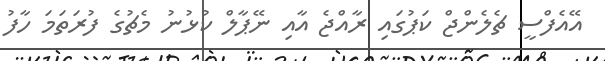
އޭއެފްސީ ޗެލެންޖް ކަޕުގައި ރާއްޖެ އާއި ނޭޕާލް ކުޅުނު މެޗުގެ ފުރަތަމަ ހާފު